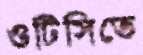
ওটিসিতে